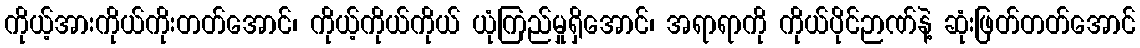
ကိုယ့်အားကိုယ်ကိုးတတ်အောင်၊ ကိုယ့်ကိုယ်ကိုယ် ယုံကြည်မှုရှိအောင်၊ အရာရာကို ကိုယ်ပိုင်ဉာဏ်နဲ့ ဆုံးဖြတ်တတ်အောင်